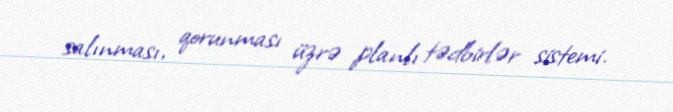
salınması, qorunması üzrə planlı tədbirlər sistemi.